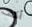
أكف